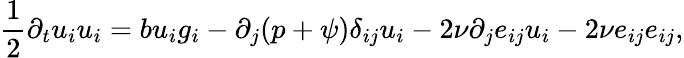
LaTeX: \frac{1}{2}\partial_{t}u_{i}u_{i}=bu_{i}g_{i}-\partial_{j}(p+\psi)\delta_{ij}u_{i}-2\nu\partial_{j}e_{ij}u_{i}-2\nu e_{ij}e_{ij},